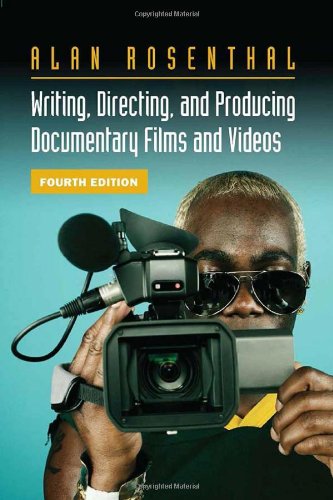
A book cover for Writing, Directing, and Producing Documentary Films and Videos, Fourth Edition; Alan Rosenthal; Humor & Entertainment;